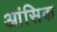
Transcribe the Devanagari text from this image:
आंसिक